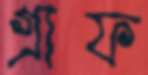
গ্রাফ